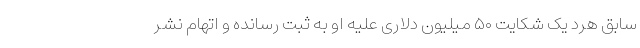
سابق هرد یک شکایت ۵۰ میلیون دلاری علیه او به ثبت رسانده و اتهام نشر